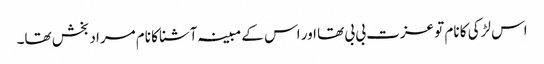
اس لڑکی کا نام تو عزت بی بی تھا اور اس کے مبینہ آشنا کا نام مراد بخش تھا۔